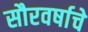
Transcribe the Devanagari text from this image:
सौरवर्षाचे